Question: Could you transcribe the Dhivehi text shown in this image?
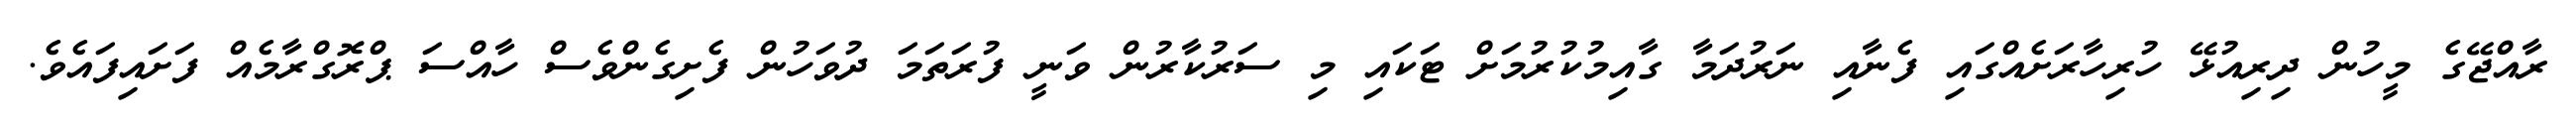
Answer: ރާއްޖޭގެ މީހުން ދިރިއުޅޭ ހުރިހާރަށެއްގައި ފެނާއި ނަރުދަމާ ގާއިމުކުރުމަށް ޓަކައި މި ސަރުކާރުން ވަނީ ފުރަތަމަ ދުވަހުން ފެށިގެންވެސް ހާއްސަ ޕްރޮގްރާމެއް ފަށައިފައެވެ.